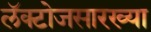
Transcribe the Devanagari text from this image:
लॅक्टोजसारख्या